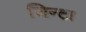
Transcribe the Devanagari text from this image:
जिन्टा